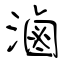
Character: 滷